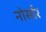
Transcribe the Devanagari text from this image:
नोर्सार